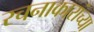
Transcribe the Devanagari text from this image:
रचनाकारांच्या